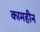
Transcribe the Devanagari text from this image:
कामहीन